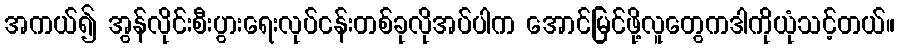
အကယ်၍ အွန်လိုင်းစီးပွားရေးလုပ်ငန်းတစ်ခုလိုအပ်ပါက အောင်မြင်ဖို့လူတွေကဒါကိုယုံသင့်တယ်။